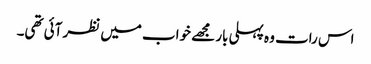
اس رات وہ پہلی بار مجھے خواب میں نظر آئی تھی۔